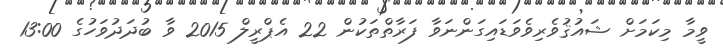
ވީމާ މިކަމަށް ޝައުޤުވެރިވެވަޑައިގަންނަވާ ފަރާތްތަކުން 22 އެޕްރީލް 2015 ވާ ބުދަދުވަހުގެ 13:00